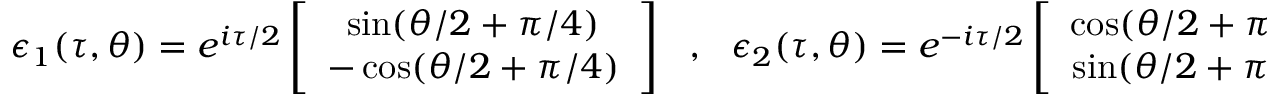
\epsilon _ { 1 } ( \tau , \theta ) = e ^ { i \tau / 2 } \left[ \begin{array} { c } { { \sin ( \theta / 2 + \pi / 4 ) } } \\ { { - \cos ( \theta / 2 + \pi / 4 ) } } \end{array} \right] ~ ~ ~ , ~ ~ ~ \epsilon _ { 2 } ( \tau , \theta ) = e ^ { - i \tau / 2 } \left[ \begin{array} { c } { { \cos ( \theta / 2 + \pi / 4 ) } } \\ { { \sin ( \theta / 2 + \pi / 4 ) } } \end{array} \right] ~ ~ ~ .